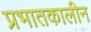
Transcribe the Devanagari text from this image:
प्रभातकालीन